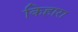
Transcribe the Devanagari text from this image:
किहारा